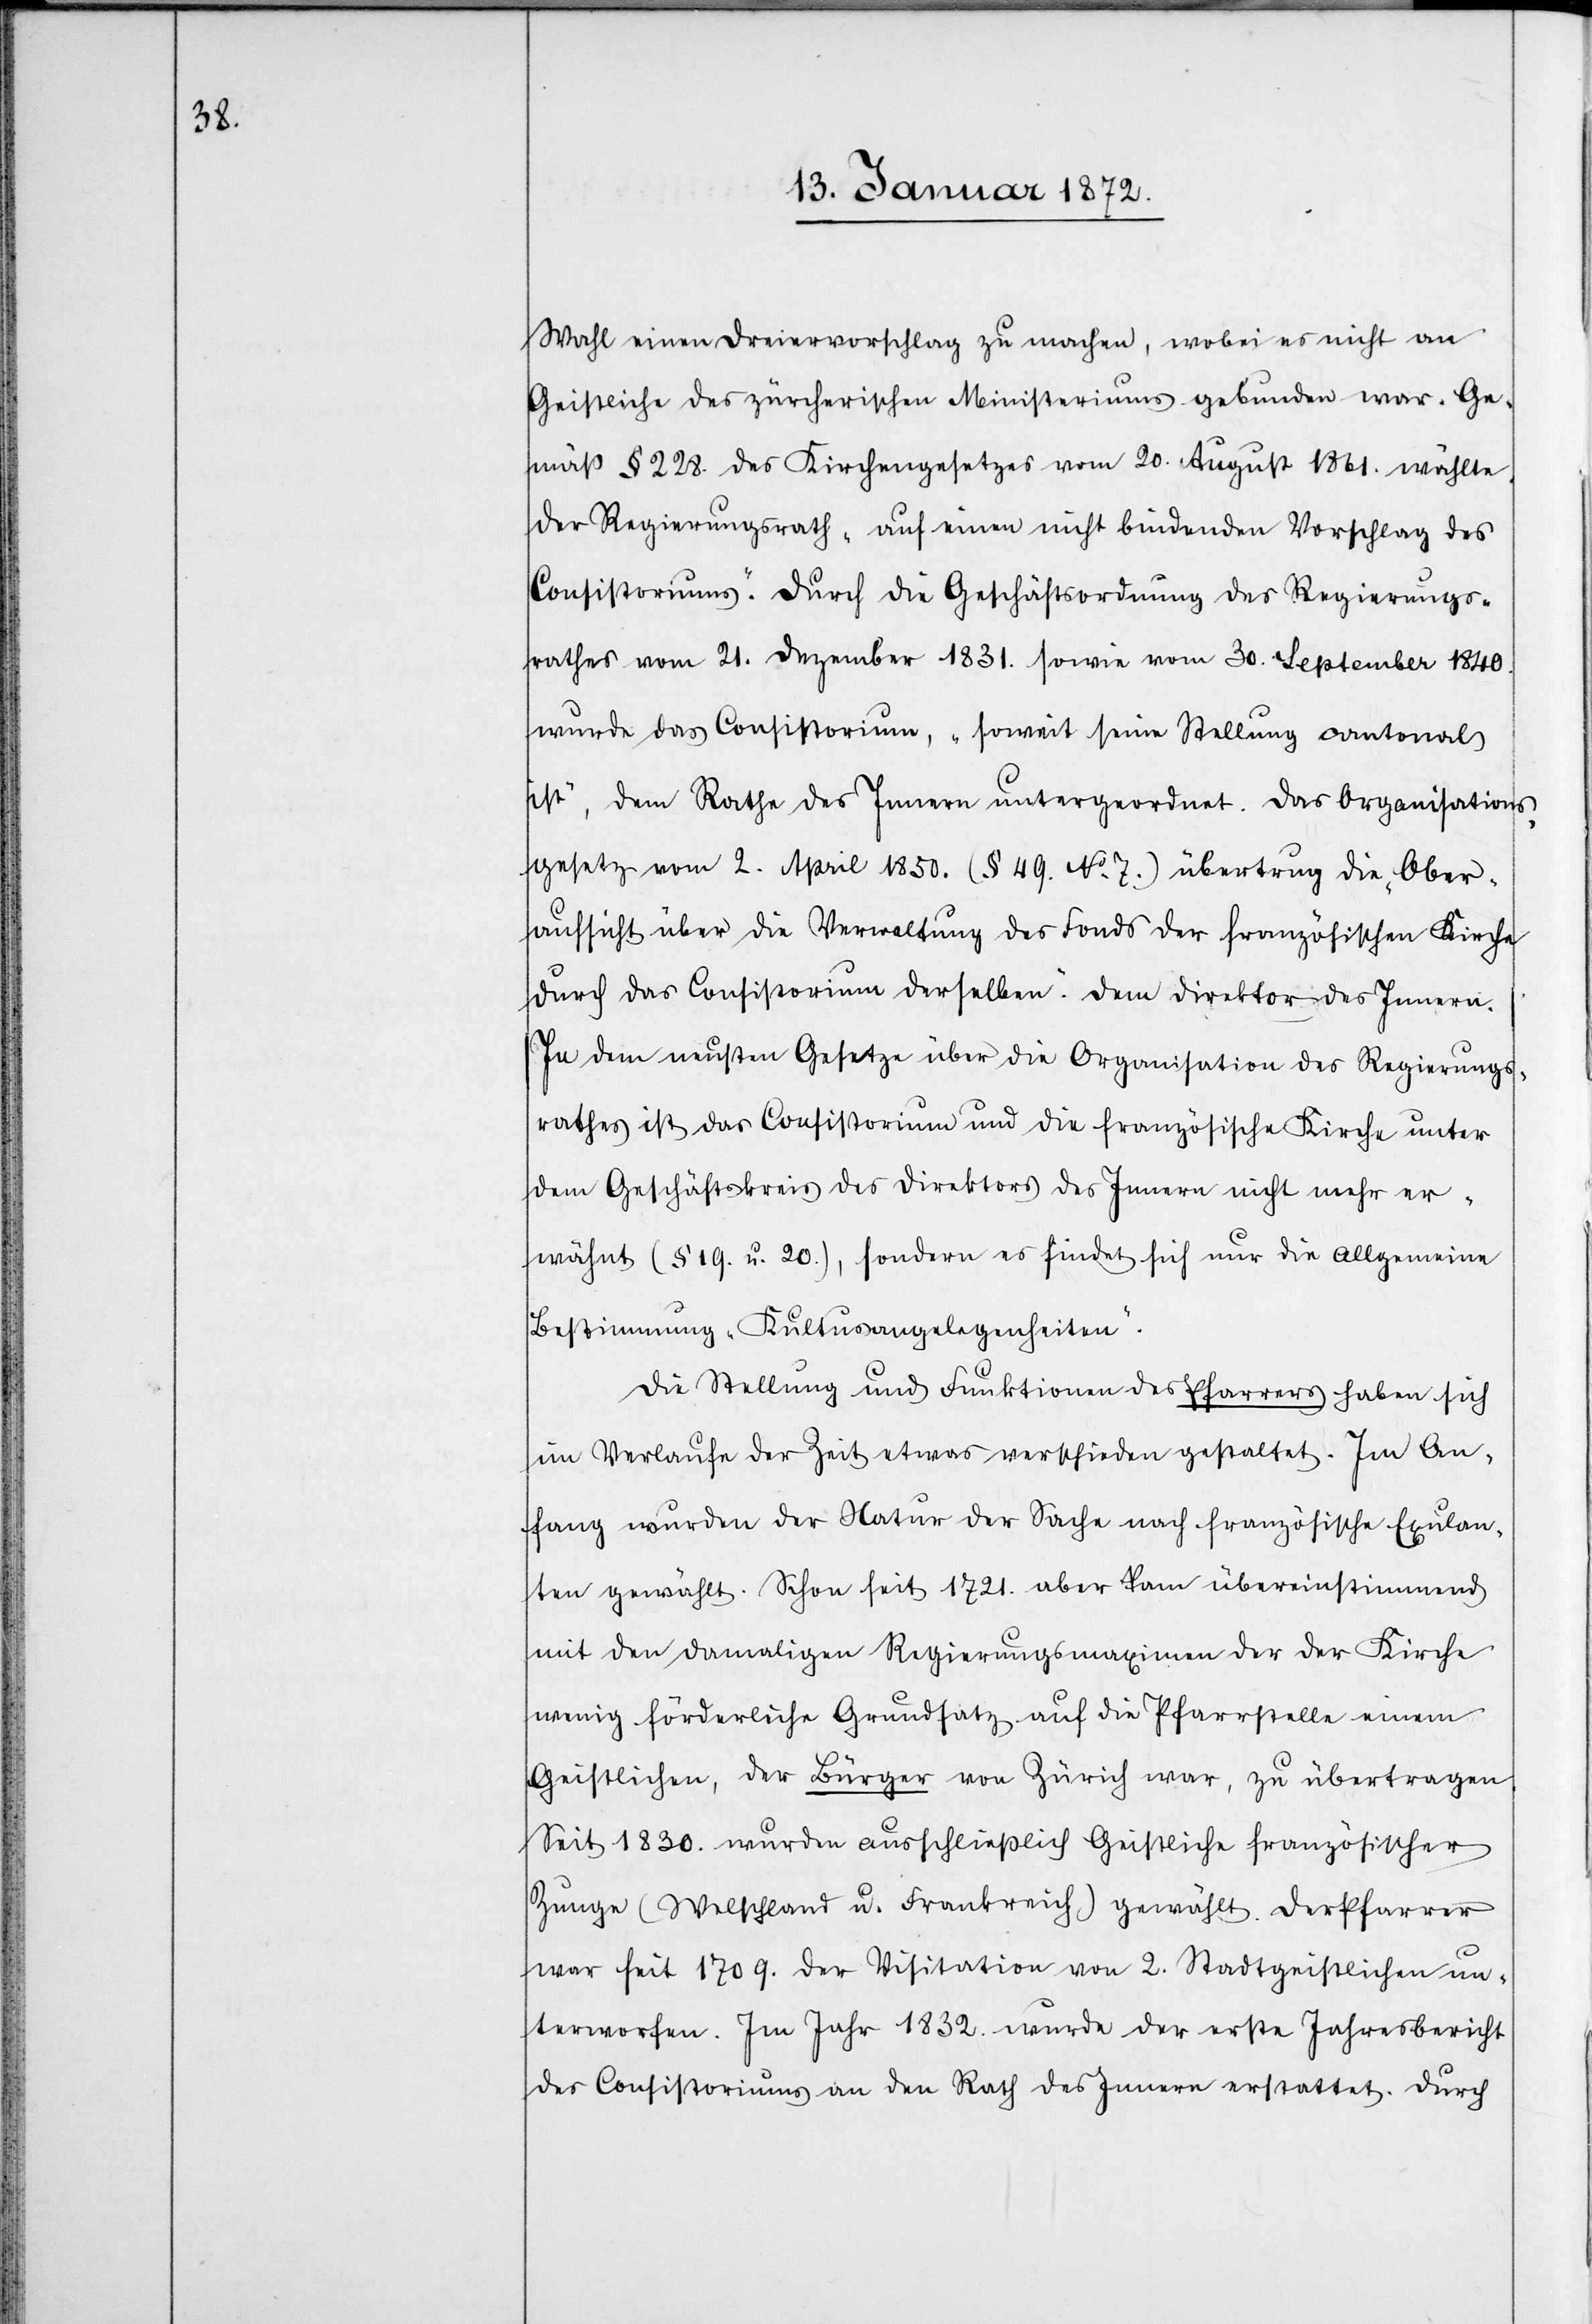
Wahl einen Dreiervorschlag zu machen, wobei es nicht an
Gestliche des zürcherischen Ministeriums gebunden war. Ge¬
mäß § 228. des Kirchengesetzes vom 20. August 1861. wählte
der Regierungsrath „auf einen nicht bindenden Vorschlag des
Consistoriums“. Durch die Geschäftsordnung des Regierungs¬
rathes vom 21. Dezember 1831. sowie vom 30. September 1840.
wurde das Consistorium, „soweit seine Stellung cantonal
ist“, dem Rathe des Innern untergeordnet. Das Organisations¬
gesetz vom 2. April 1850. (§ 49. No 7.) übertrug die „Ober¬
aufsicht über die Verwaltung des Fonds der französischen Kirche
durch das Consistorium derselben.“ dem Direktor des Innern.
In dem neusten Gesetze über die Organisation des Regierungs¬
rathes ist das Consistorium und die französische Kirche unter
dem Geschäftskreis des Direktors des Innern nicht mehr er¬
wähnt (§ 19. u. 20.), sondern es findet sich nur die allgemeine
Bestimmung „Kultusangelegenheiten“.
Die Stellung und Funktionen des Pfarrers haben sich
im Verlaufe der Zeit etwas verschieden gestaltet. Im An¬
fang wurden der Natur der Sache nach französische Exulan¬
ten gewählt. Schon seit 1721. aber kam übereinstimmend
mit den damaligen Regerungsmaximen der der Kirche
wenig förderliche Grundsatz auf die Pfarrstelle einem
Geistlichen, der Bürger von Zürich war, zu übertragen.
Seit 1830. wurden ausschließlich Geistliche französischer
Zunge (Welschland u. Frankreich) gewählt. Der Pfarrer
war seit 1709. der Visitation von 2. Stadtgeistlichen un¬
terworfen. Im Jahr 1832. wurde der erste Jahresbericht
des Consistoriums an den Rath des Innern erstattet. Durch